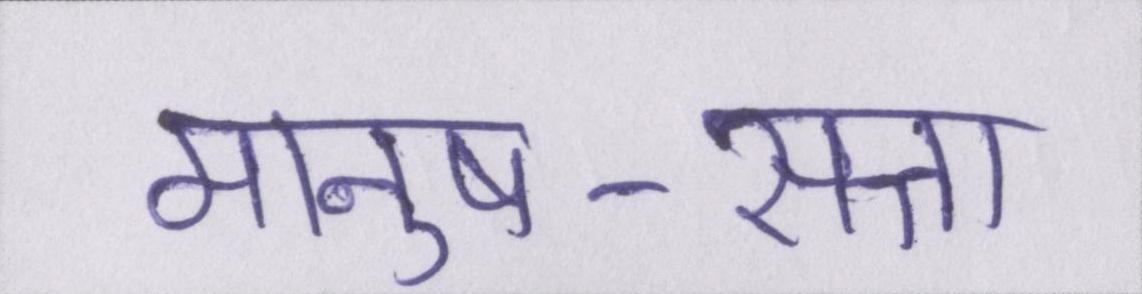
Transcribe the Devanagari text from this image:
मानुष-सत्ता